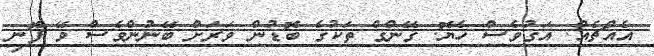
އެއްޗެއް. އަގުވެސް ހެޔޮ. ގޭންގް ތަކުގެ ބޮޑުން ވަރަށް ބޭނުންވެސް ވޭ ފޮނި